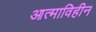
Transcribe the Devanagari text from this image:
आत्माविहीन